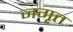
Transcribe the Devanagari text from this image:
जगृत